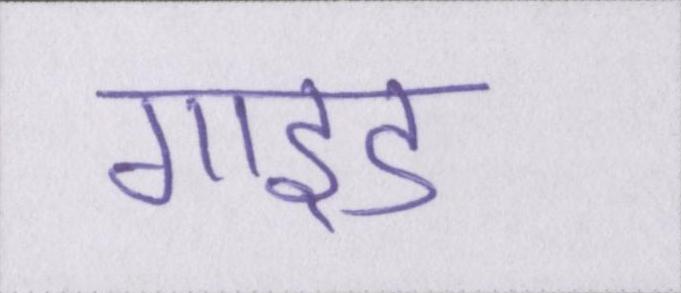
गाइड